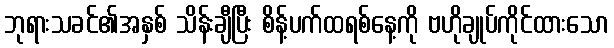
ဘုရားသခင်၏အနှစ် သိန်းချီပြီး စိန့်ပက်ထရစ်နေ့ကို ဗဟိုချုပ်ကိုင်ထားသော